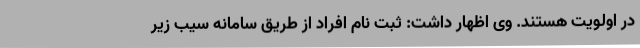
در اولویت هستند. وی اظهار داشت: ثبت نام افراد از طریق سامانه سیب زیر